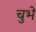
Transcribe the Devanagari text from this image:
चुभे